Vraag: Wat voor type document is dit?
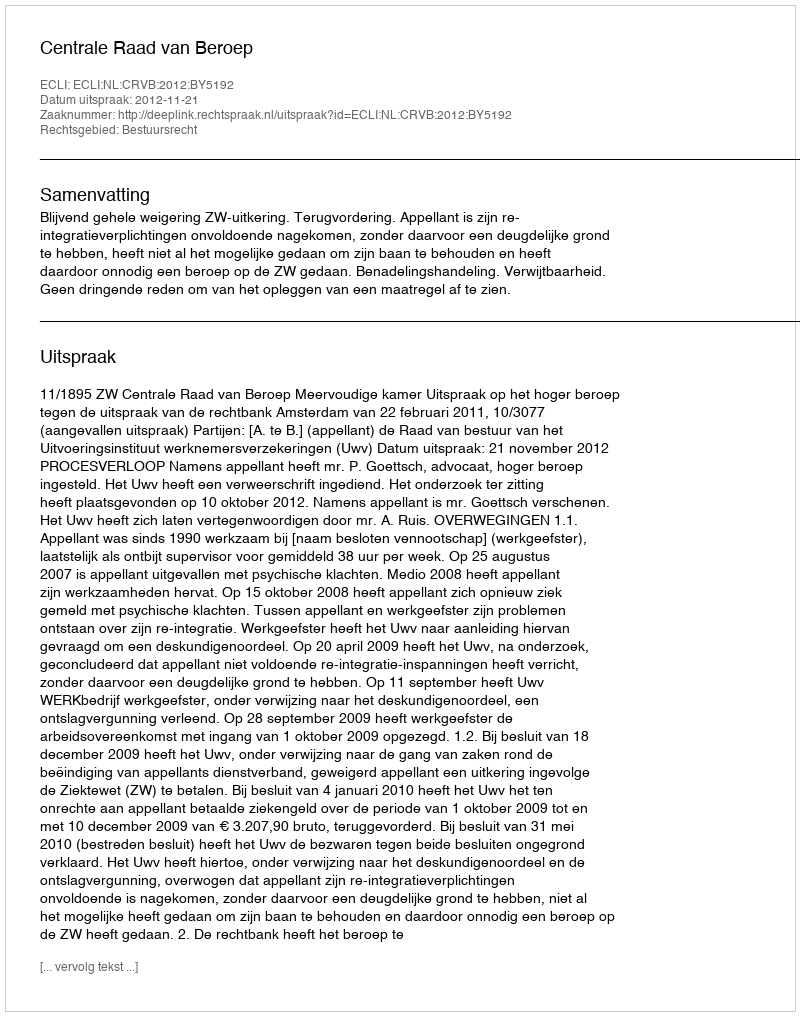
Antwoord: Uitspraak